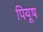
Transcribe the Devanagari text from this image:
पियूष